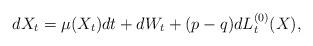
LaTeX: \begin{align*}dX_t=\mu(X_t)dt +dW_t+(p-q)dL_t^{\left(0\right)}(X),\end{align*}